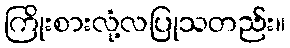
ကြိုးစားလုံ့လပြုသတည်း။